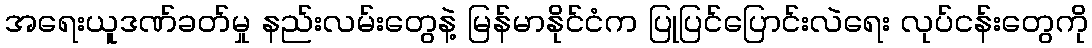
အရေးယူဒဏ်ခတ်မှု နည်းလမ်းတွေနဲ့ မြန်မာနိုင်ငံက ပြုပြင်ပြောင်းလဲရေး လုပ်ငန်းတွေကို